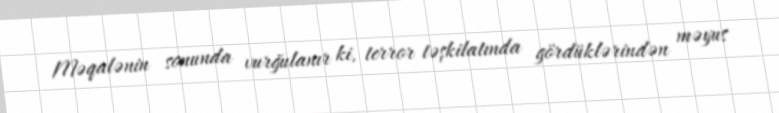
Məqalənin sonunda vurğulanır ki, terror təşkilatında gördüklərindən məyus